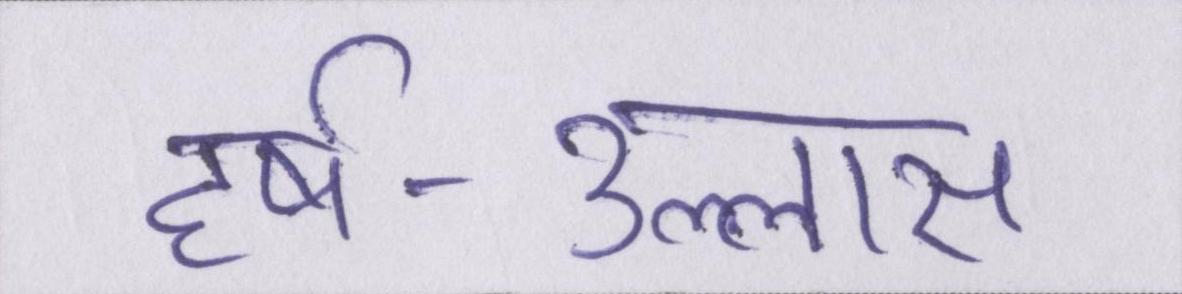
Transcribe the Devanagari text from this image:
हर्ष-उल्लास